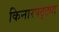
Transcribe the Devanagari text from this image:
किनारपट्ट्या